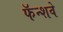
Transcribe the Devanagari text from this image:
फॅन्शवे